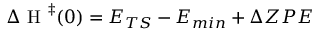
\Delta \mathrm { ~ H ~ } ^ { \ddag } ( 0 ) = E _ { T S } - E _ { m i n } + \Delta Z P E